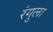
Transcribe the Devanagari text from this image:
रंगुला